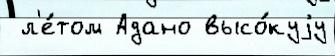
 л'е́том Адано высо́куjу